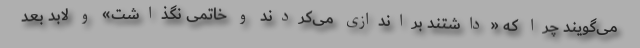
می‌گویند چرا که «داشتند براندازی می‌کردند و خاتمی نگذاشت» و لابد بعد